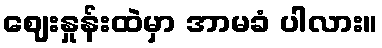
ဈေးနှုန်းထဲမှာ အာမခံ ပါလား။